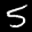
Label: 5